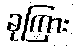
ခုကြား